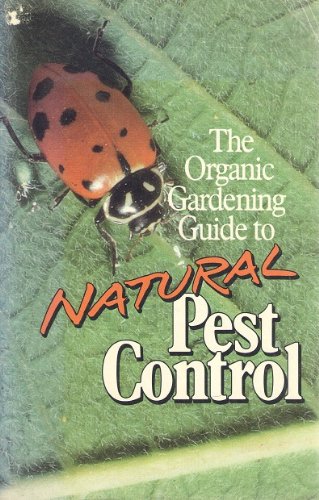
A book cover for The Organic Gardening Guide to Natural Pest Control; Crafts, Hobbies & Home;